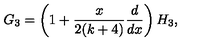
G _ { 3 } = \left( 1 + { \frac { x } { 2 ( k + 4 ) } } { \frac { d } { d x } } \right) H _ { 3 } ,